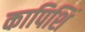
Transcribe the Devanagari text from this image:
कापिशिं